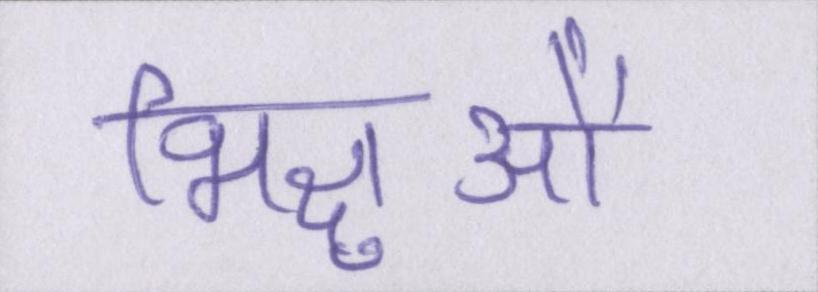
भिक्षुओं